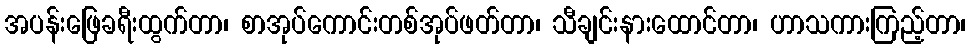
အပန်းဖြေခရီးထွက်တာ၊ စာအုပ်ကောင်းတစ်အုပ်ဖတ်တာ၊ သီချင်းနားထောင်တာ၊ ဟာသကားကြည့်တာ၊